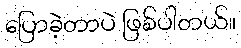
ပြောခဲ့တာပဲ ဖြစ်ပါတယ်။